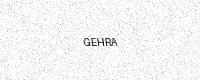
Text: GEHRA